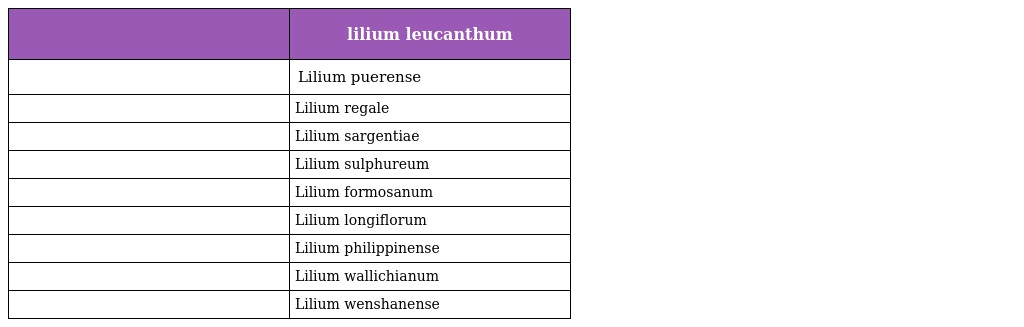
|  | lilium leucanthum |
 | --- | --- |
 |  | Lilium puerense |
 |  | Lilium regale |
 |  | Lilium sargentiae |
 |  | Lilium sulphureum |
 |  | Lilium formosanum |
 |  | Lilium longiflorum |
 |  | Lilium philippinense |
 |  | Lilium wallichianum |
 |  | Lilium wenshanense |